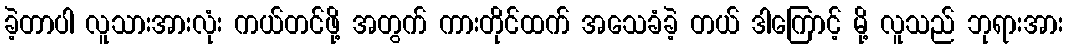
ခဲ့တာပါ လူသားအားလုံး ကယ်တင်ဖို့ အတွက် ကားတိုင်ထက် အသေခံခဲ့ တယ် ဒါကြောင့် မို့ လူသည် ဘုရားအား